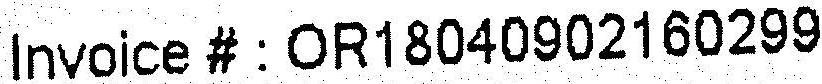
INVOICE # : OR18040902160299